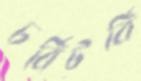
চর্বিটর্বি